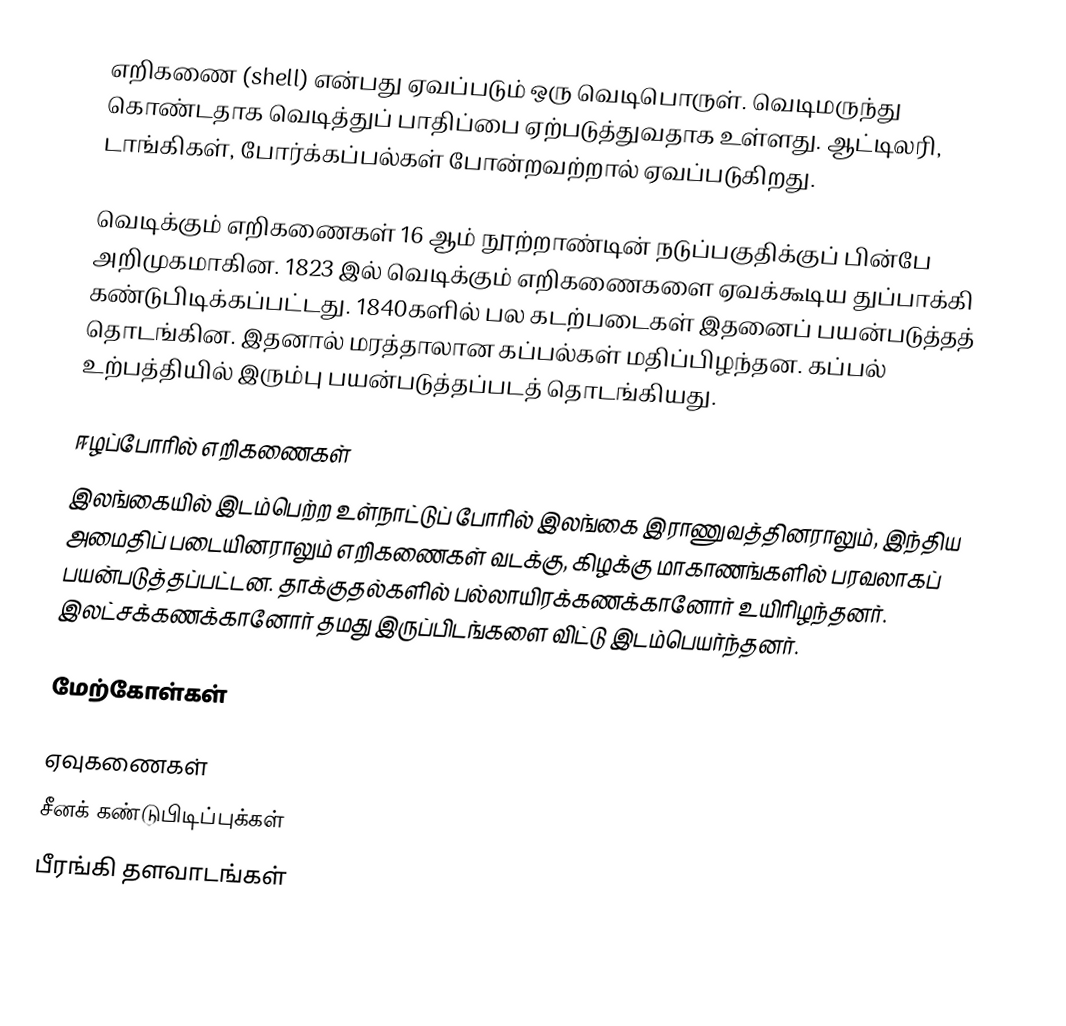
எறிகணை (shell) என்பது ஏவப்படும் ஒரு வெடிபொருள். வெடிமருந்து கொண்டதாக வெடித்துப் பாதிப்பை ஏற்படுத்துவதாக உள்ளது. ஆட்டிலரி, டாங்கிகள், போர்க்கப்பல்கள் போன்றவற்றால் ஏவப்படுகிறது.

வெடிக்கும் எறிகணைகள் 16 ஆம் நூற்றாண்டின் நடுப்பகுதிக்குப் பின்பே அறிமுகமாகின. 1823 இல் வெடிக்கும் எறிகணைகளை ஏவக்கூடிய துப்பாக்கி கண்டுபிடிக்கப்பட்டது. 1840களில் பல கடற்படைகள் இதனைப் பயன்படுத்தத் தொடங்கின. இதனால் மரத்தாலான கப்பல்கள் மதிப்பிழந்தன. கப்பல் உற்பத்தியில் இரும்பு பயன்படுத்தப்படத் தொடங்கியது.

ஈழப்போரில் எறிகணைகள்
இலங்கையில் இடம்பெற்ற உள்நாட்டுப் போரில் இலங்கை இராணுவத்தினராலும், இந்திய அமைதிப் படையினராலும் எறிகணைகள் வடக்கு, கிழக்கு மாகாணங்களில் பரவலாகப் பயன்படுத்தப்பட்டன. தாக்குதல்களில் பல்லாயிரக்கணக்கானோர் உயிரிழந்தனர். இலட்சக்கணக்கானோர் தமது இருப்பிடங்களை விட்டு இடம்பெயர்ந்தனர்.

மேற்கோள்கள்

ஏவுகணைகள்
சீனக் கண்டுபிடிப்புக்கள்
பீரங்கி தளவாடங்கள்